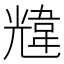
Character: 韑